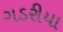
ગડરીયા